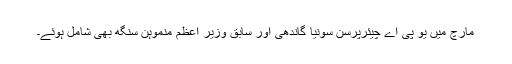
مارچ میں یو پی اے چیئرپرسن سونیا گاندھی اور سابق وزیر اعظم منموہن سنگھ بھی شامل ہوئے۔